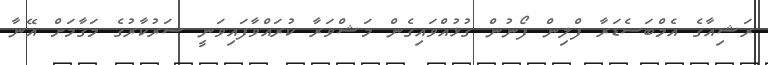
ރަޝިއާގެ އެމްބަސެޑަރާ ފްލިން ފޯނުން ގުޅުއްވައިގެން މަޝްވަރާ ކުރައްވާފައިވަނީ ސަރުކާރުގެ މަގާމަށް އޭނާ